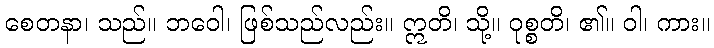
စေတနာ၊ သည်။ ဘဝေါ၊ ဖြစ်သည်လည်း။ ဣတိ၊ သို့။ ဝုစ္စတိ၊ ၏။ ဝါ၊ ကား။